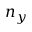
n _ { y }